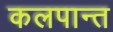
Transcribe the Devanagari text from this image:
कलपान्त